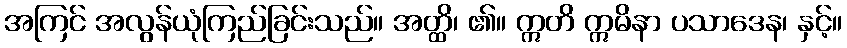
အကြင် အလွန်ယုံကြည်ခြင်းသည်။ အတ္ထိ၊ ၏။ ဣတိ ဣမိနာ ပသာဒေန၊ နှင့်။